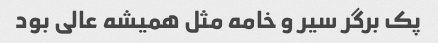
پک برگر سیر و خامه مثل همیشه عالی بود